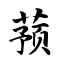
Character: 蓣